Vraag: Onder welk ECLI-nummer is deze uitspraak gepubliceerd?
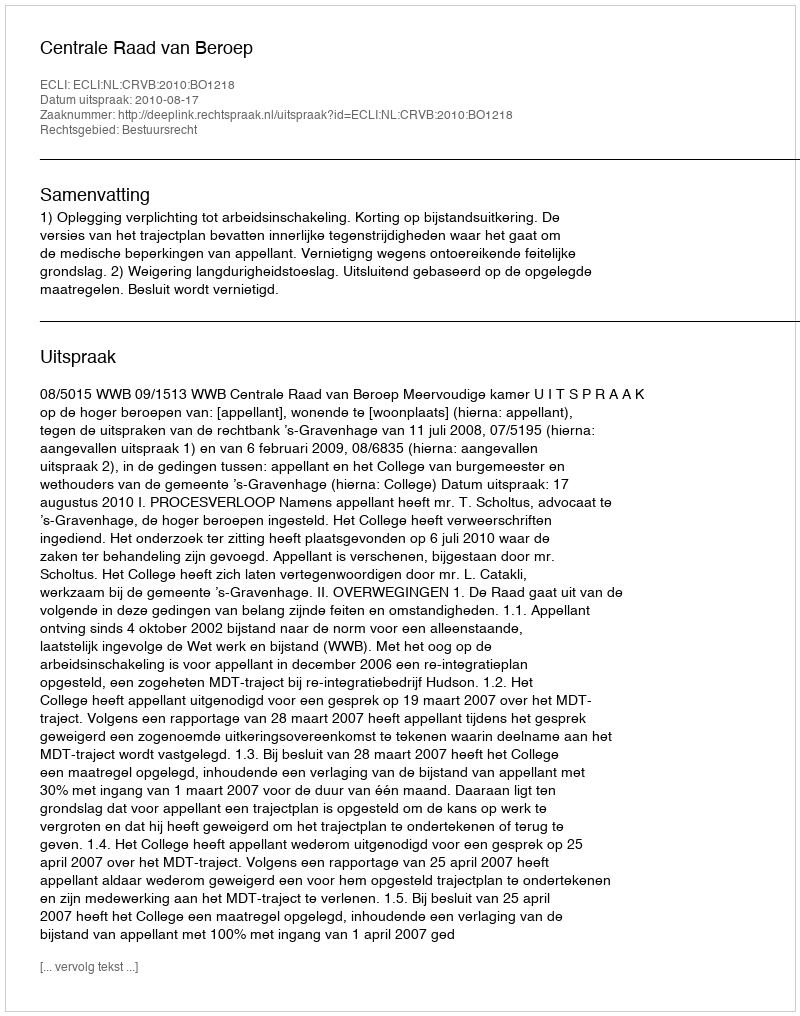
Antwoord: ECLI:NL:CRVB:2010:BO1218